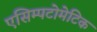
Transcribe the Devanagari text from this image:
एसिम्पटोमेटिक